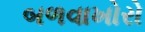
બળવાખોરો